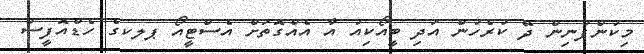
މިކުންފުނިން ދޭ ކުރެހުން އަދި ބީއޯކިއު އާ އެއްގޮތަށް އެސްޓީއޯ ޕލކގެ ހެޑްއޮފީސް